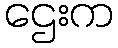
ဌေးက